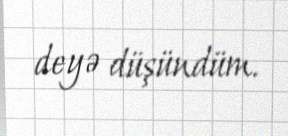
deyə düşündüm.